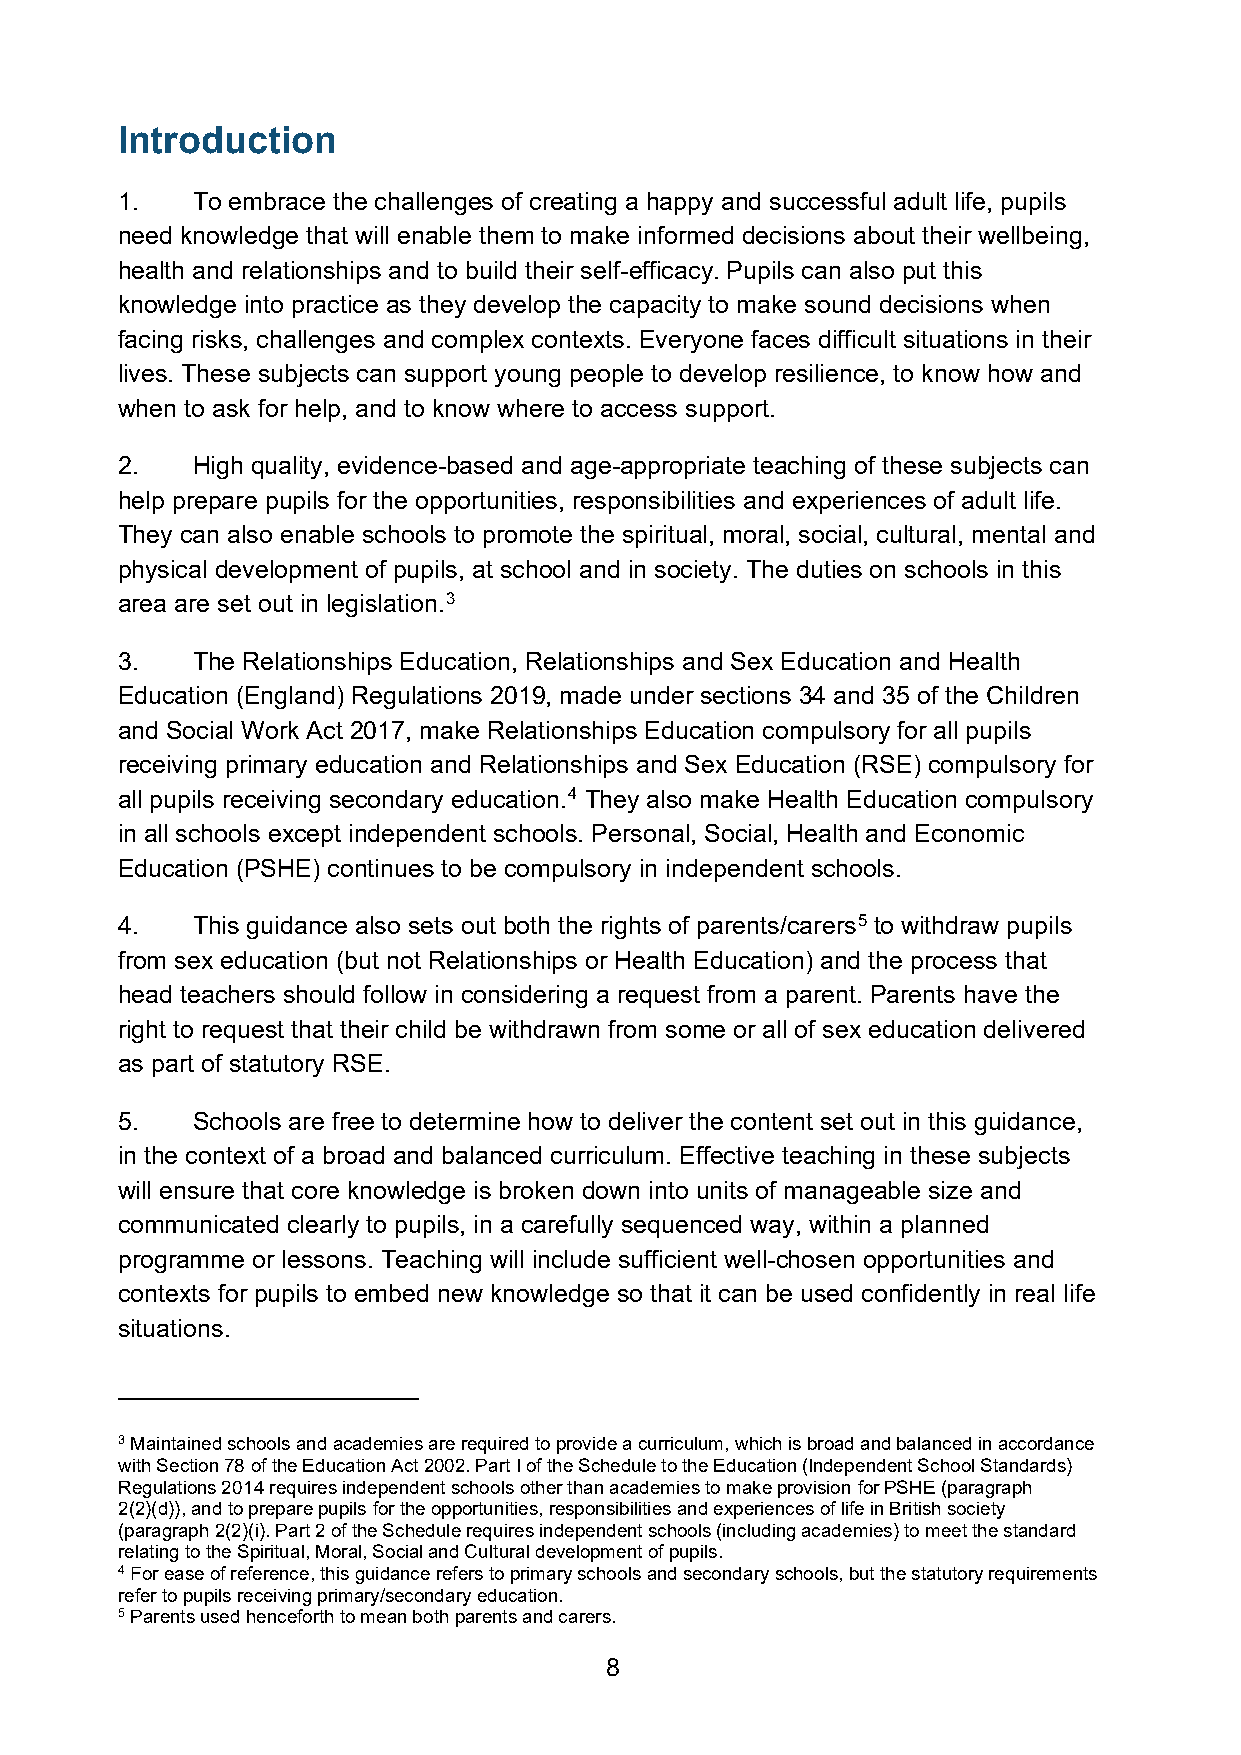
Introduction
 1.   To embrace the challenges of creating a happy and successful adult life, pupils
 need knowledge that will enable them to make informed decisions about their wellbeing,
 health and relationships and to build their self-efficacy. Pupils can also put this
 knowledge into practice as they develop the capacity to make sound decisions when
 facing risks, challenges and complex contexts. Everyone faces difficult situations in their
 lives. These subjects can support young people to develop resilience, to know how and
 when to ask for help, and to know where to access support.
 2.   High quality, evidence-based and age-appropriate teaching of these subjects can
 help prepare pupils for the opportunities, responsibilities and experiences of adult life.
 They can also enable schools to promote the spiritual, moral, social, cultural, mental and
 physical development of pupils, at school and in society. The duties on schools in this
 area are set out in legislation.3
 3.   The Relationships Education, Relationships and Sex Education and Health
 Education (England) Regulations 2019, made under sections 34 and 35 of the Children
 and Social Work Act 2017, make Relationships Education compulsory for all pupils
 receiving primary education and Relationships and Sex Education (RSE) compulsory for
 all pupils receiving secondary education.4 They also make Health Education compulsory
 in all schools except independent schools. Personal, Social, Health and Economic
 Education (PSHE) continues to be compulsory in independent schools.
 4.   This guidance also sets out both the rights of parents/carers5 to withdraw pupils
 from sex education (but not Relationships or Health Education) and the process that
 head teachers should follow in considering a request from a parent. Parents have the
 right to request that their child be withdrawn from some or all of sex education delivered
 as part of statutory RSE.
 5.   Schools are free to determine how to deliver the content set out in this guidance,
 in the context of a broad and balanced curriculum. Effective teaching in these subjects
 will ensure that core knowledge is broken down into units of manageable size and
 communicated clearly to pupils, in a carefully sequenced way, within a planned
 programme or lessons. Teaching will include sufficient well-chosen opportunities and
 contexts for pupils to embed new knowledge so that it can be used confidently in real life
 situations.
 3 Maintained schools and academies are required to provide a curriculum, which is broad and balanced in accordance
 with Section 78 of the Education Act 2002. Part I of the Schedule to the Education (Independent School Standards)
 Regulations 2014 requires independent schools other than academies to make provision for PSHE (paragraph
 2(2)(d)), and to prepare pupils for the opportunities, responsibilities and experiences of life in British society
 (paragraph 2(2)(i). Part 2 of the Schedule requires independent schools (including academies) to meet the standard
 relating to the Spiritual, Moral, Social and Cultural development of pupils.
 4 For ease of reference, this guidance refers to primary schools and secondary schools, but the statutory requirements
 refer to pupils receiving primary/secondary education.
 5 Parents used henceforth to mean both parents and carers.
 8